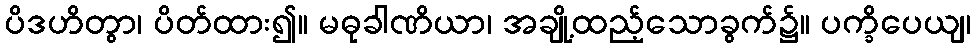
ပိဒဟိတွာ၊ ပိတ်ထား၍။ မဓုခါဏိယာ၊ အချို့ထည့်သောခွက်၌။ ပက္ခိပေယျ၊